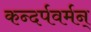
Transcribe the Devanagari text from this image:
कन्दर्पवर्मन्